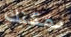
يمكنك